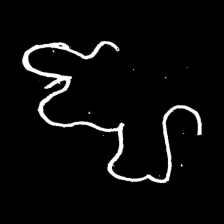
Pyu character \u2014 Myanmar letter: ဈ (romanized: jha)